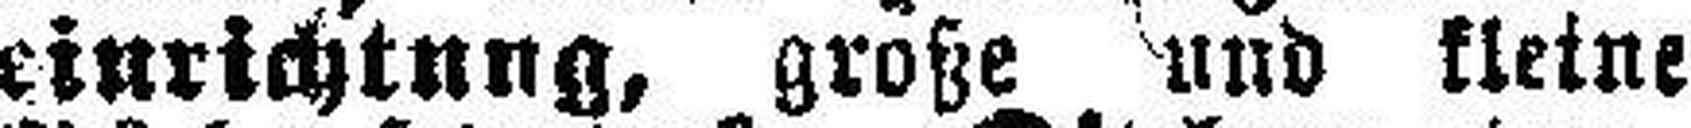
einrichtung, große und kleine